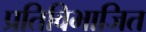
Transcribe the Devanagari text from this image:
प्रतिविभाजित